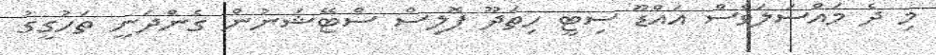
މި ދެ މައްސަލަވެސް އައްޑޫ ސިޓީ ހިތަދޫ ޕޮލިސް ސްޓޭޝަނުން ގެންދަނީ ތަހުގީގު